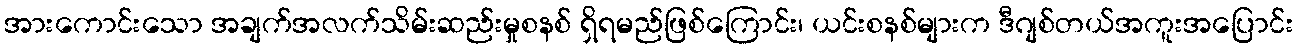
အားကောင်းသော အချက်အလက်သိမ်းဆည်းမှုစနစ် ရှိရမည်ဖြစ်ကြောင်း၊ ယင်းစနစ်များက ဒီဂျစ်တယ်အကူးအပြောင်း